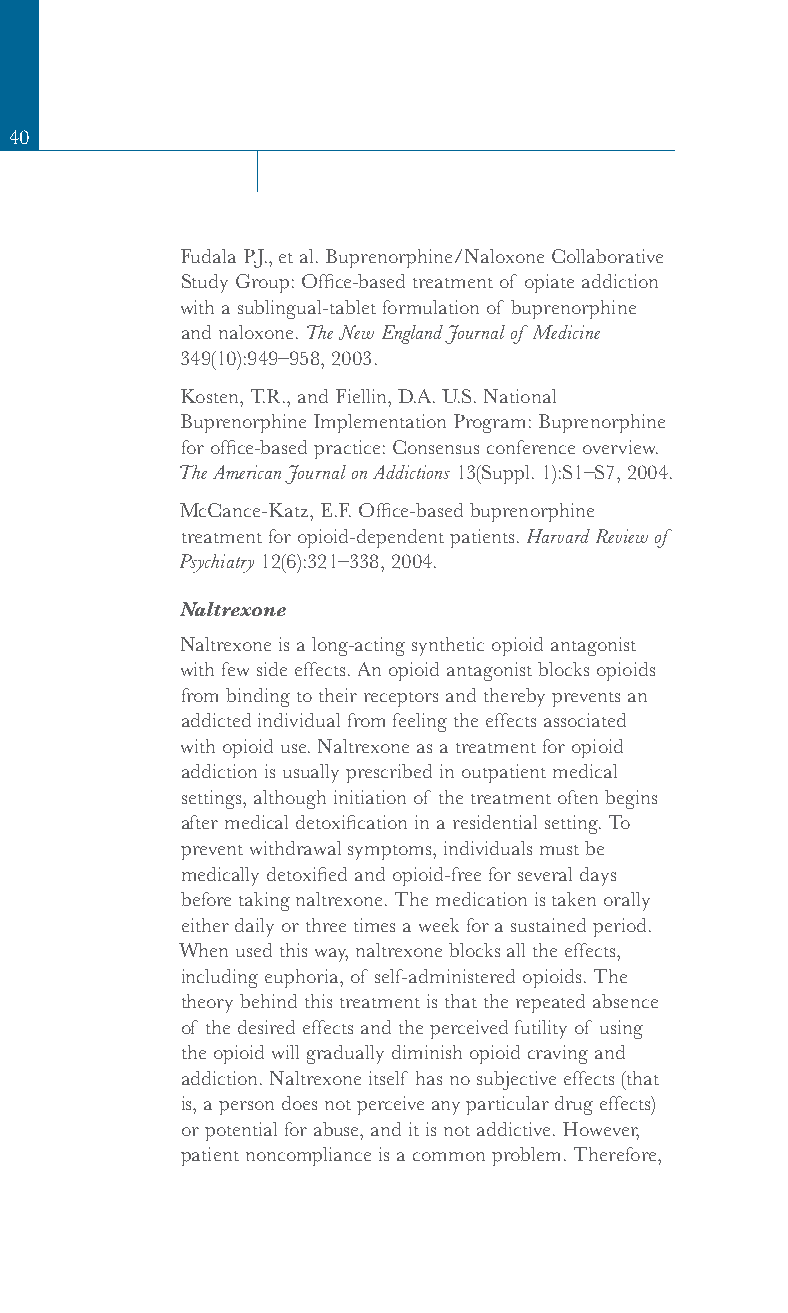
40
 Fudala P.J., et al. Buprenorphine/Naloxone Collaborative
 Study Group: Office-based treatment of opiate addiction
 with a sublingual-tablet formulation of buprenorphine
 and naloxone. The New England Journal of Medicine
 349(10):949–958, 2003.
 Kosten, T.R., and Fiellin, D.A. U.S. National
 Buprenorphine Implementation Program: Buprenorphine
 for office-based practice: Consensus conference overview.
 The American Journal on Addictions 13(Suppl. 1):S1–S7, 2004.
 McCance-Katz, E.F. Office-based buprenorphine
 treatment for opioid-dependent patients. Harvard Review of
 Psychiatry 12(6):321–338, 2004.
 Naltrexone
 Naltrexone is a long-acting synthetic opioid antagonist
 with few side effects. An opioid antagonist blocks opioids
 from binding to their receptors and thereby prevents an
 addicted individual from feeling the effects associated
 with opioid use. Naltrexone as a treatment for opioid
 addiction is usually prescribed in outpatient medical
 settings, although initiation of the treatment often begins
 after medical detoxification in a residential setting. To
 prevent withdrawal symptoms, individuals must be
 medically detoxified and opioid-free for several days
 before taking naltrexone. The medication is taken orally
 either daily or three times a week for a sustained period.
 When used this way, naltrexone blocks all the effects,
 including euphoria, of self-administered opioids. The
 theory behind this treatment is that the repeated absence
 of the desired effects and the perceived futility of using
 the opioid will gradually diminish opioid craving and
 addiction. Naltrexone itself has no subjective effects (that
 is, a person does not perceive any particular drug effects)
 or potential for abuse, and it is not addictive. However,
 patient noncompliance is a common problem. Therefore,